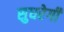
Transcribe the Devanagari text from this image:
सुधरेगी